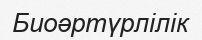
Биоәртүрлілік